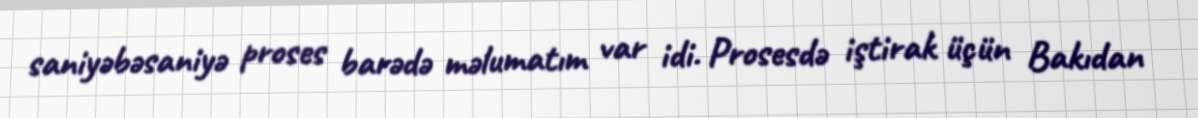
saniyəbəsaniyə proses barədə məlumatım var idi. Prosesdə iştirak üçün Bakıdan